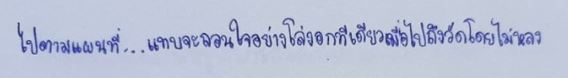
ไปตามแผนที่...แทบจะถอนใจอย่างโล่งอกทีเดียวเมื่อไปถึงวัดโดยไม่หลง